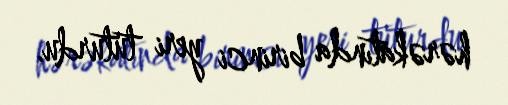
hərəkatında birinci yeri tuturdu.